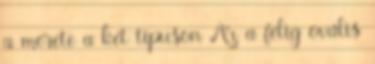
a mérete a két típuson Az a félig ovális